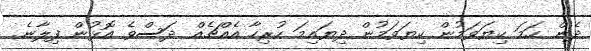
ދެން ހަމަ ކިޔަވަމުން ކިޔަވަމުން ދިޔައިމަ ހުރިހާ އެއްޗެއް ދަސްވެ އޮޅުން ފިލާނެ.